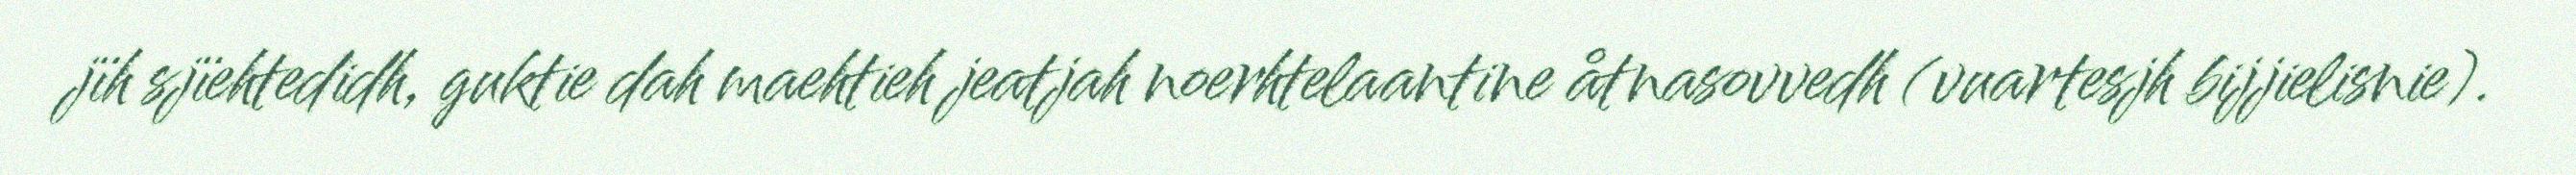
jïh sjïehtedidh, guktie dah maehtieh jeatjah noerhtelaantine åtnasovvedh (vuartesjh bijjielisnie).